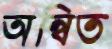
অন্বিত